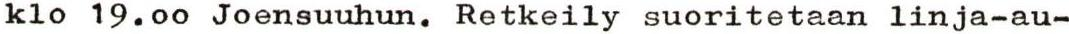
klo 19.00 Joensuuhun. Retkeily suoritetaan linja-au-